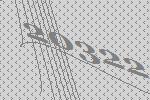
20322